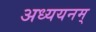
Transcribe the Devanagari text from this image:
अध्ययनम्